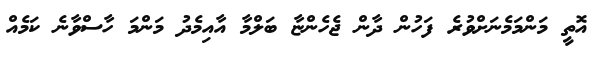
އޮތީ މަންމަމެނަށްވުރެ ފަހުން ދާން ޖެހެންޏާ ބަލްމާ އާއިމެދު މަންމަ ހާސްވާނެ ކަމެއް